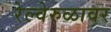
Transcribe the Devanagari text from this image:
रेल्वेरुळावर